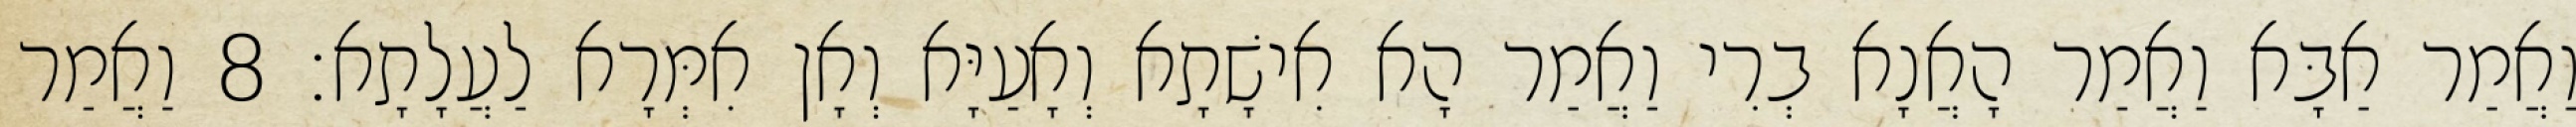
וַאֲמַר אַבָּא וַאֲמַר הָאֲנָא בְרִי וַאֲמַר הָא אִישָׁתָא וְאָעַיָּא וְאָן אִמְּרָא לַעֲלָתָא׃ 8 וַאֲמַר